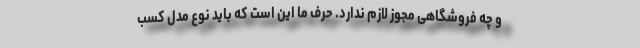
و چه فروشگاهی مجوز لازم ندارد. حرف ما این است که باید نوع مدل کسب